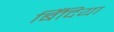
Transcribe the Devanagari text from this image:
बिँदिया